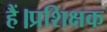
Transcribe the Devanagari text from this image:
हैं।प्रशिक्षक